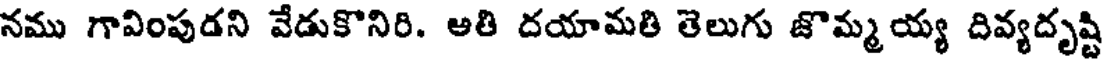
నము గావింపుడని వేడుకొనిరి. ఆతి దయామతి తెలుగు జొమ్మయ్య దివ్యదృష్టి